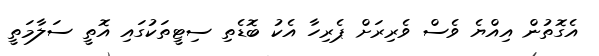
އެގޮތުން އިއްޔެ ވެސް ވެރިރަށް ޕެރިހާ އެކު ބޮޑެތި ސިޓީތަކުގައި އޮތީ ސަލާމަތީ